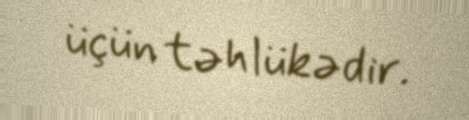
üçün təhlükədir.